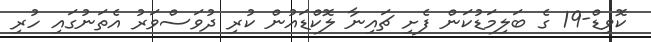
ކޮވިޑް-19 ގެ ބަލިމަޑުކަން ފެށި ޗައިނާ ލޮކްޑައުން ކުރި ދުވަސްވަރު އެތަނުގައި ހުރި